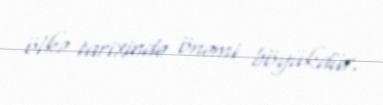
ölkə tarixində önəmi böyükdür.